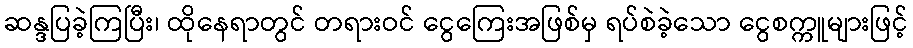
ဆန္ဒပြခဲ့ကြပြီး၊ ထိုနေရာတွင် တရားဝင် ငွေကြေးအဖြစ်မှ ရပ်စဲခဲ့သော ငွေစက္ကူများဖြင့်